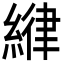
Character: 𦂻